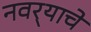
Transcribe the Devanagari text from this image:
नवर्‍याचे